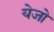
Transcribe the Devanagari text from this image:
येजो